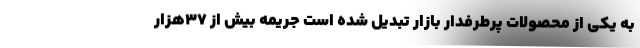
به یکی از محصولات پرطرفدار بازار تبدیل شده است جریمه بیش از ۳۷هزار